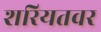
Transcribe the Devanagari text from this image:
शरियतवर